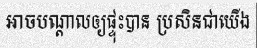
អាចបណ្តាលឲ្យផ្ទុះបាន ប្រសិនជាយើង